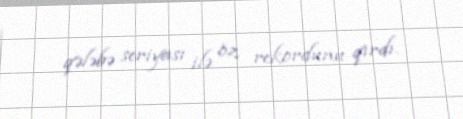
qələbə seriyası ilə öz rekordunu qırdı.